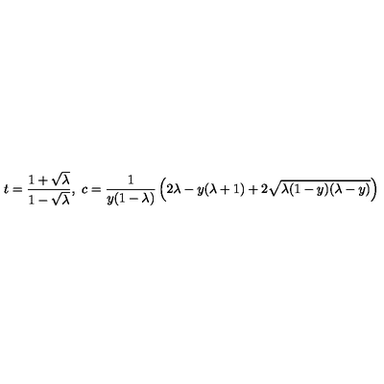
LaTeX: t = \frac { 1 + \sqrt { \lambda } } { 1 - \sqrt { \lambda } } , \ c = \frac { 1 } { y ( 1 - \lambda ) } \left( 2 \lambda - y ( \lambda + 1 ) + 2 \sqrt { \lambda ( 1 - y ) ( \lambda - y ) } \right)